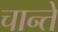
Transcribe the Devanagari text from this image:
चान्ते